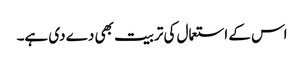
اس کے استعمال کی تربیت بھی دے دی ہے۔